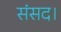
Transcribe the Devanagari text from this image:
संसद।